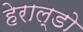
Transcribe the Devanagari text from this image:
हेराल्डो